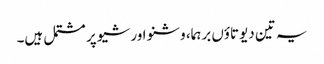
یہ تین دیوتاؤں برہما، وشنو اور شیو پر مشتمل ہیں۔